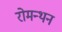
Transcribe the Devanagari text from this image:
रोमन्थन